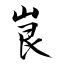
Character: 峎